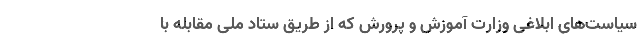
سیاست‌های ابلاغی وزارت آموزش و پرورش که از طریق ستاد ملی مقابله با